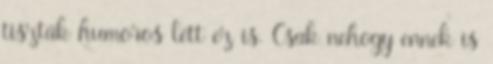
tiszták humoros lett ez is. Csak nehogy ennek is